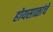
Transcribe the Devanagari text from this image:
होयसाळांचे